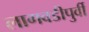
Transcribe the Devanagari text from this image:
लागवडीपुर्वी